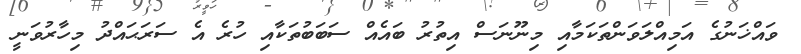
ވައްޚަނުގެ އަމިއްލަވަންތަކަމާއި މިނޫނަސް އިތުރު ބައެއް ސަބަބުތަކާއި ހުރެ އެ ސަރަޙައްދު މިހާރުވަނީ